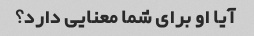
آیا او برای شما معنایی دارد؟